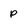
Character: p